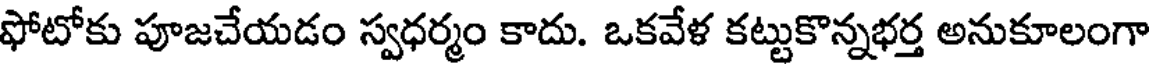
ఫోటోకు పూజచేయడం స్వధర్మం కాదు. ఒకవేళ కట్టుకొన్నభర్త అనుకూలంగా